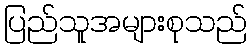
ပြည်သူအများစုသည်